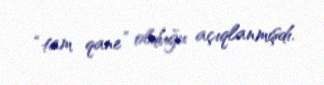
“tam qane” olduğu açıqlanmışdı.